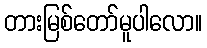
တားမြစ်တော်မူပါလော။